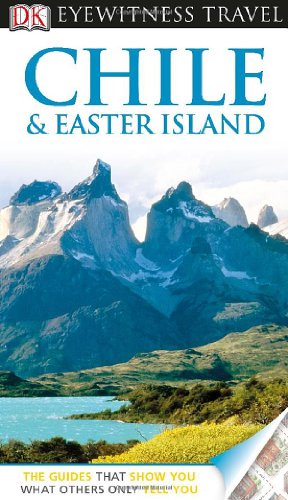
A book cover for DK Eyewitness Travel Guide: Chile & Easter Island; Dorling Kindersley; Travel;